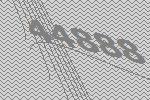
44888